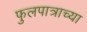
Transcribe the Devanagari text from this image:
फुलपात्राच्या